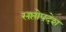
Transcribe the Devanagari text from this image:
सप्तोपदेश